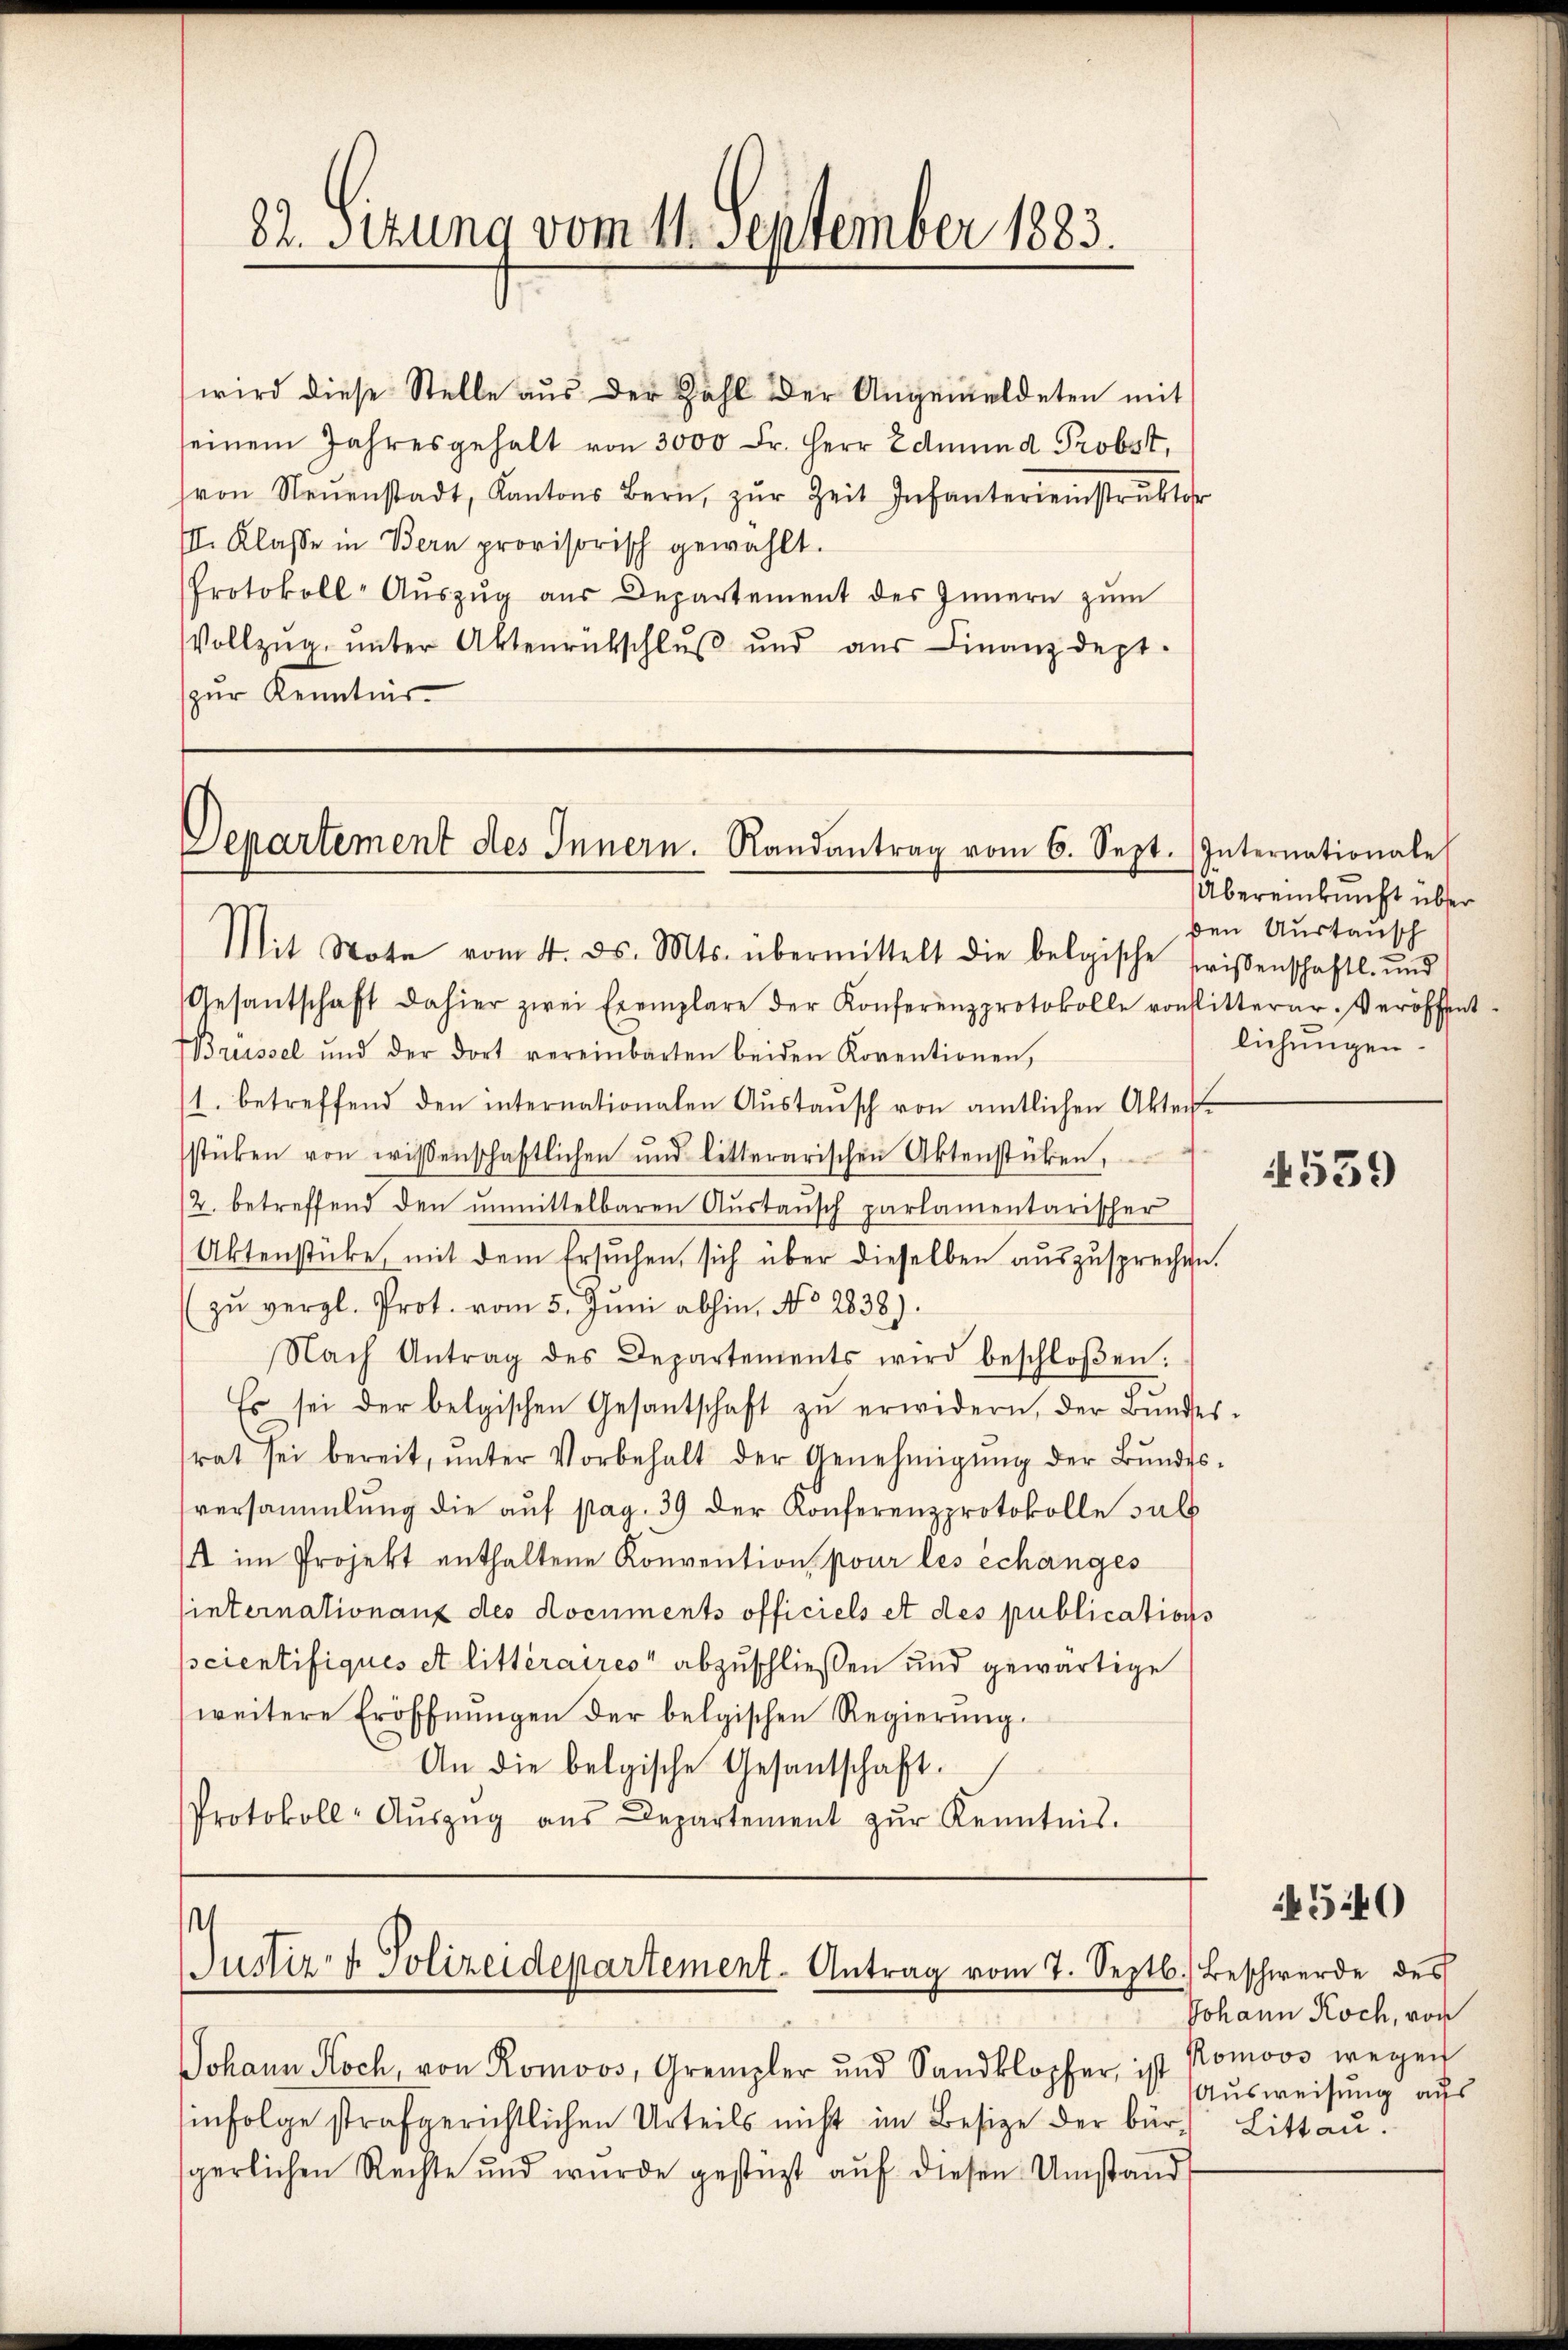
82. Stung vom 11. September 1883.

wird diese Stelle aŭs der Zahl der Angemeldeten mit
seinem Jahresgehalt von 3000 Fr. Herr Edmund Probst,
von Neuenstadt, Kantons Bern, zŭr Zeit Infantereinstruktor
III. Klasse in Bern provisorisch gewählt.
Protokoll-Aŭszŭg aŭs Departement des Innern zŭm
Vollzŭg ŭnter Aktenrückschlŭβ ŭnd aŭs Finanzdept.
zur Kenntnis

Departement des Innern. Randantrag vom 6. Sept. Internationale
Mit Note vom 4. ds. Mts. übermittelt die belgische freisenschaftl. und

.
Justiz- & Polizeidepartement-Antrag vom 7. Septb.) Beschwerde des

Johann Koch, von Romoos, Grempler und Sandklopfer, ist Romoos wegen
infolge strafgerichtlichen Urteils nicht im Besize der bür. Littau.
gerlichen Rechte und wurde gestüzt aŭf diesen Umstand,

Gesantschaft dahier zwei Exemplare der Konferenzprotokolle vonflitterer. Veröffent-
Brüssel und der dort vereinbarten beiden Koventionen,
1. betreffend den internationalen Aŭstaŭsch von amtlichen Akten
sticken von wissenschaftlichen und litterarischen Aktenstüben,
2. betreffend den ŭnmittelbaren Aŭstaŭsch parlamentarischer
Aktenstücke, mit dem Ersuchen, sich über dieselben auszusprechen.
zŭ vergl. Prot. vom 5. Juni abhin, No 2838).
Nach Antrag des Departements wird beschloßen:
Es sei der belgischen Gesantschaft zŭ erwidern, der Bundes-
rat sei bereit, ŭnter Vorbehalt der Genehmigŭng der Bŭndes-
versammlung die auf pag. 39 der Konferenzprotokolle sul
A im Projekt enthaltene Konvention, pour les échanges
sinternationanz des documents officiels et des publications
scientifiqués et litteraires“ abzuschließen und gewärtige
weitere Eröffnŭngen der belgischen Regierŭng.
An die belgische Gesantschaft.
Protokoll-Aŭszŭg aŭs Departement zŭr Kenntnis.

Übereinkunft über
den Austausch
lichungen.

1559

540

Johann Koch, von
Ausweisung aus